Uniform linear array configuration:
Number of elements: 16
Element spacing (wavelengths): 0.75
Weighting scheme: binomial
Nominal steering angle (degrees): -45
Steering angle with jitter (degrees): -46.833
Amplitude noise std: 0.05
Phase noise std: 0.05

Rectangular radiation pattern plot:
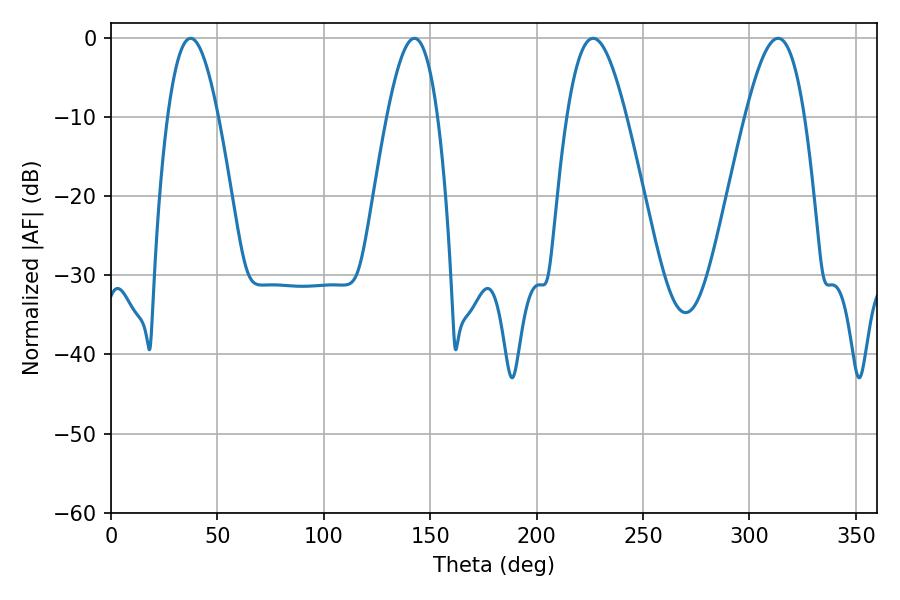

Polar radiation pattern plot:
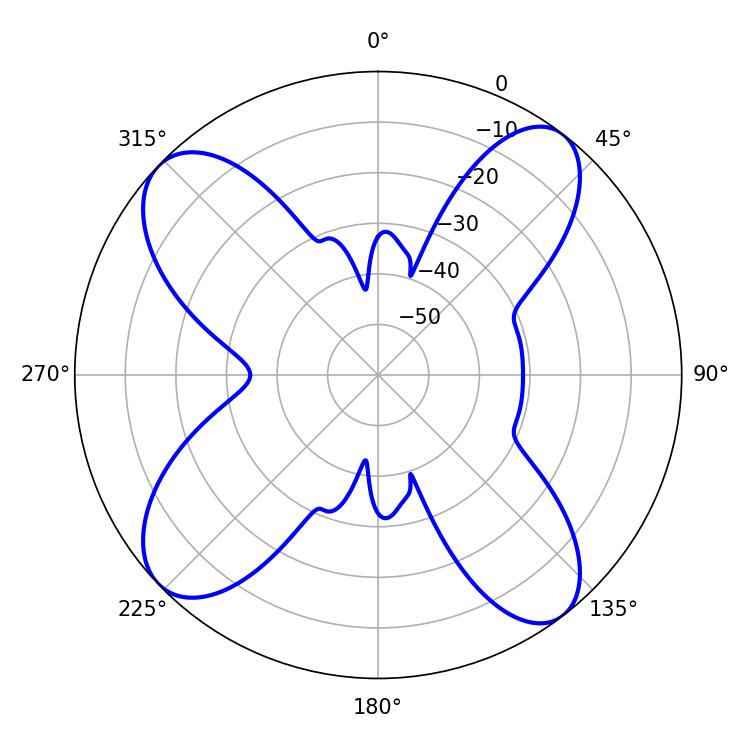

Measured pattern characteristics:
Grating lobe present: TRUE
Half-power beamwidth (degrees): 12.96
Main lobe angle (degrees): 37.44